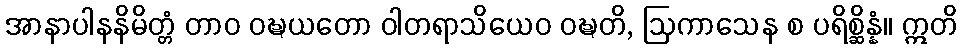
အာနာပါနနိမိတ္တံ တာဝ ဝဍ္ဎယတော ဝါတရာသိယေဝ ဝဍ္ဎတိ, ဩကာသေန စ ပရိစ္ဆိန္နံ။ ဣတိ